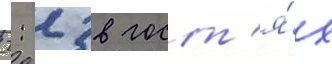
2: 2 в гост'я́х